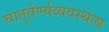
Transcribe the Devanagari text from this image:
चातुर्वर्ण्यव्यवस्थेला